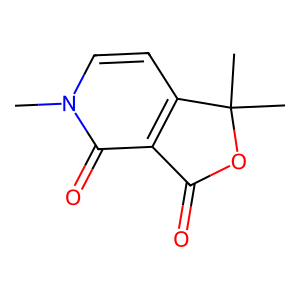
SMILES: Cn1ccc2c(c1=O)C(=O)OC2(C)C
Inhibits HIV replication: No